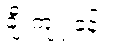
ချီးကျူးခန်း။